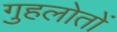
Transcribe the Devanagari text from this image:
गुहलोतों